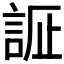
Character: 𲁧